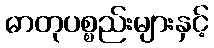
ဓာတုပစ္စည်းများနှင့်